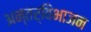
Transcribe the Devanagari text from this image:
अन्तर्विभाजन